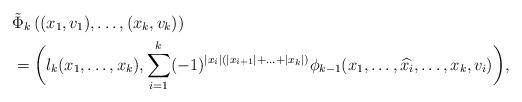
LaTeX: \begin{align*}&\tilde\Phi_k\left((x_1, v_1), \ldots, (x_{k}, v_{k}) \right) \\& =\bigg(l_{k}(x_1, \ldots, x_{k}), \sum_{i=1}^{k}(-1)^{|x_i|(|x_{i+1}|+\ldots+|x_{k}|)}\phi_{k-1}(x_1,\ldots, \widehat{x_i},\ldots, x_{k},v_i)\bigg),\end{align*}